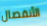
الأنفصال